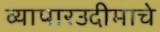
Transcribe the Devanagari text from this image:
व्यापारउदीमाचे